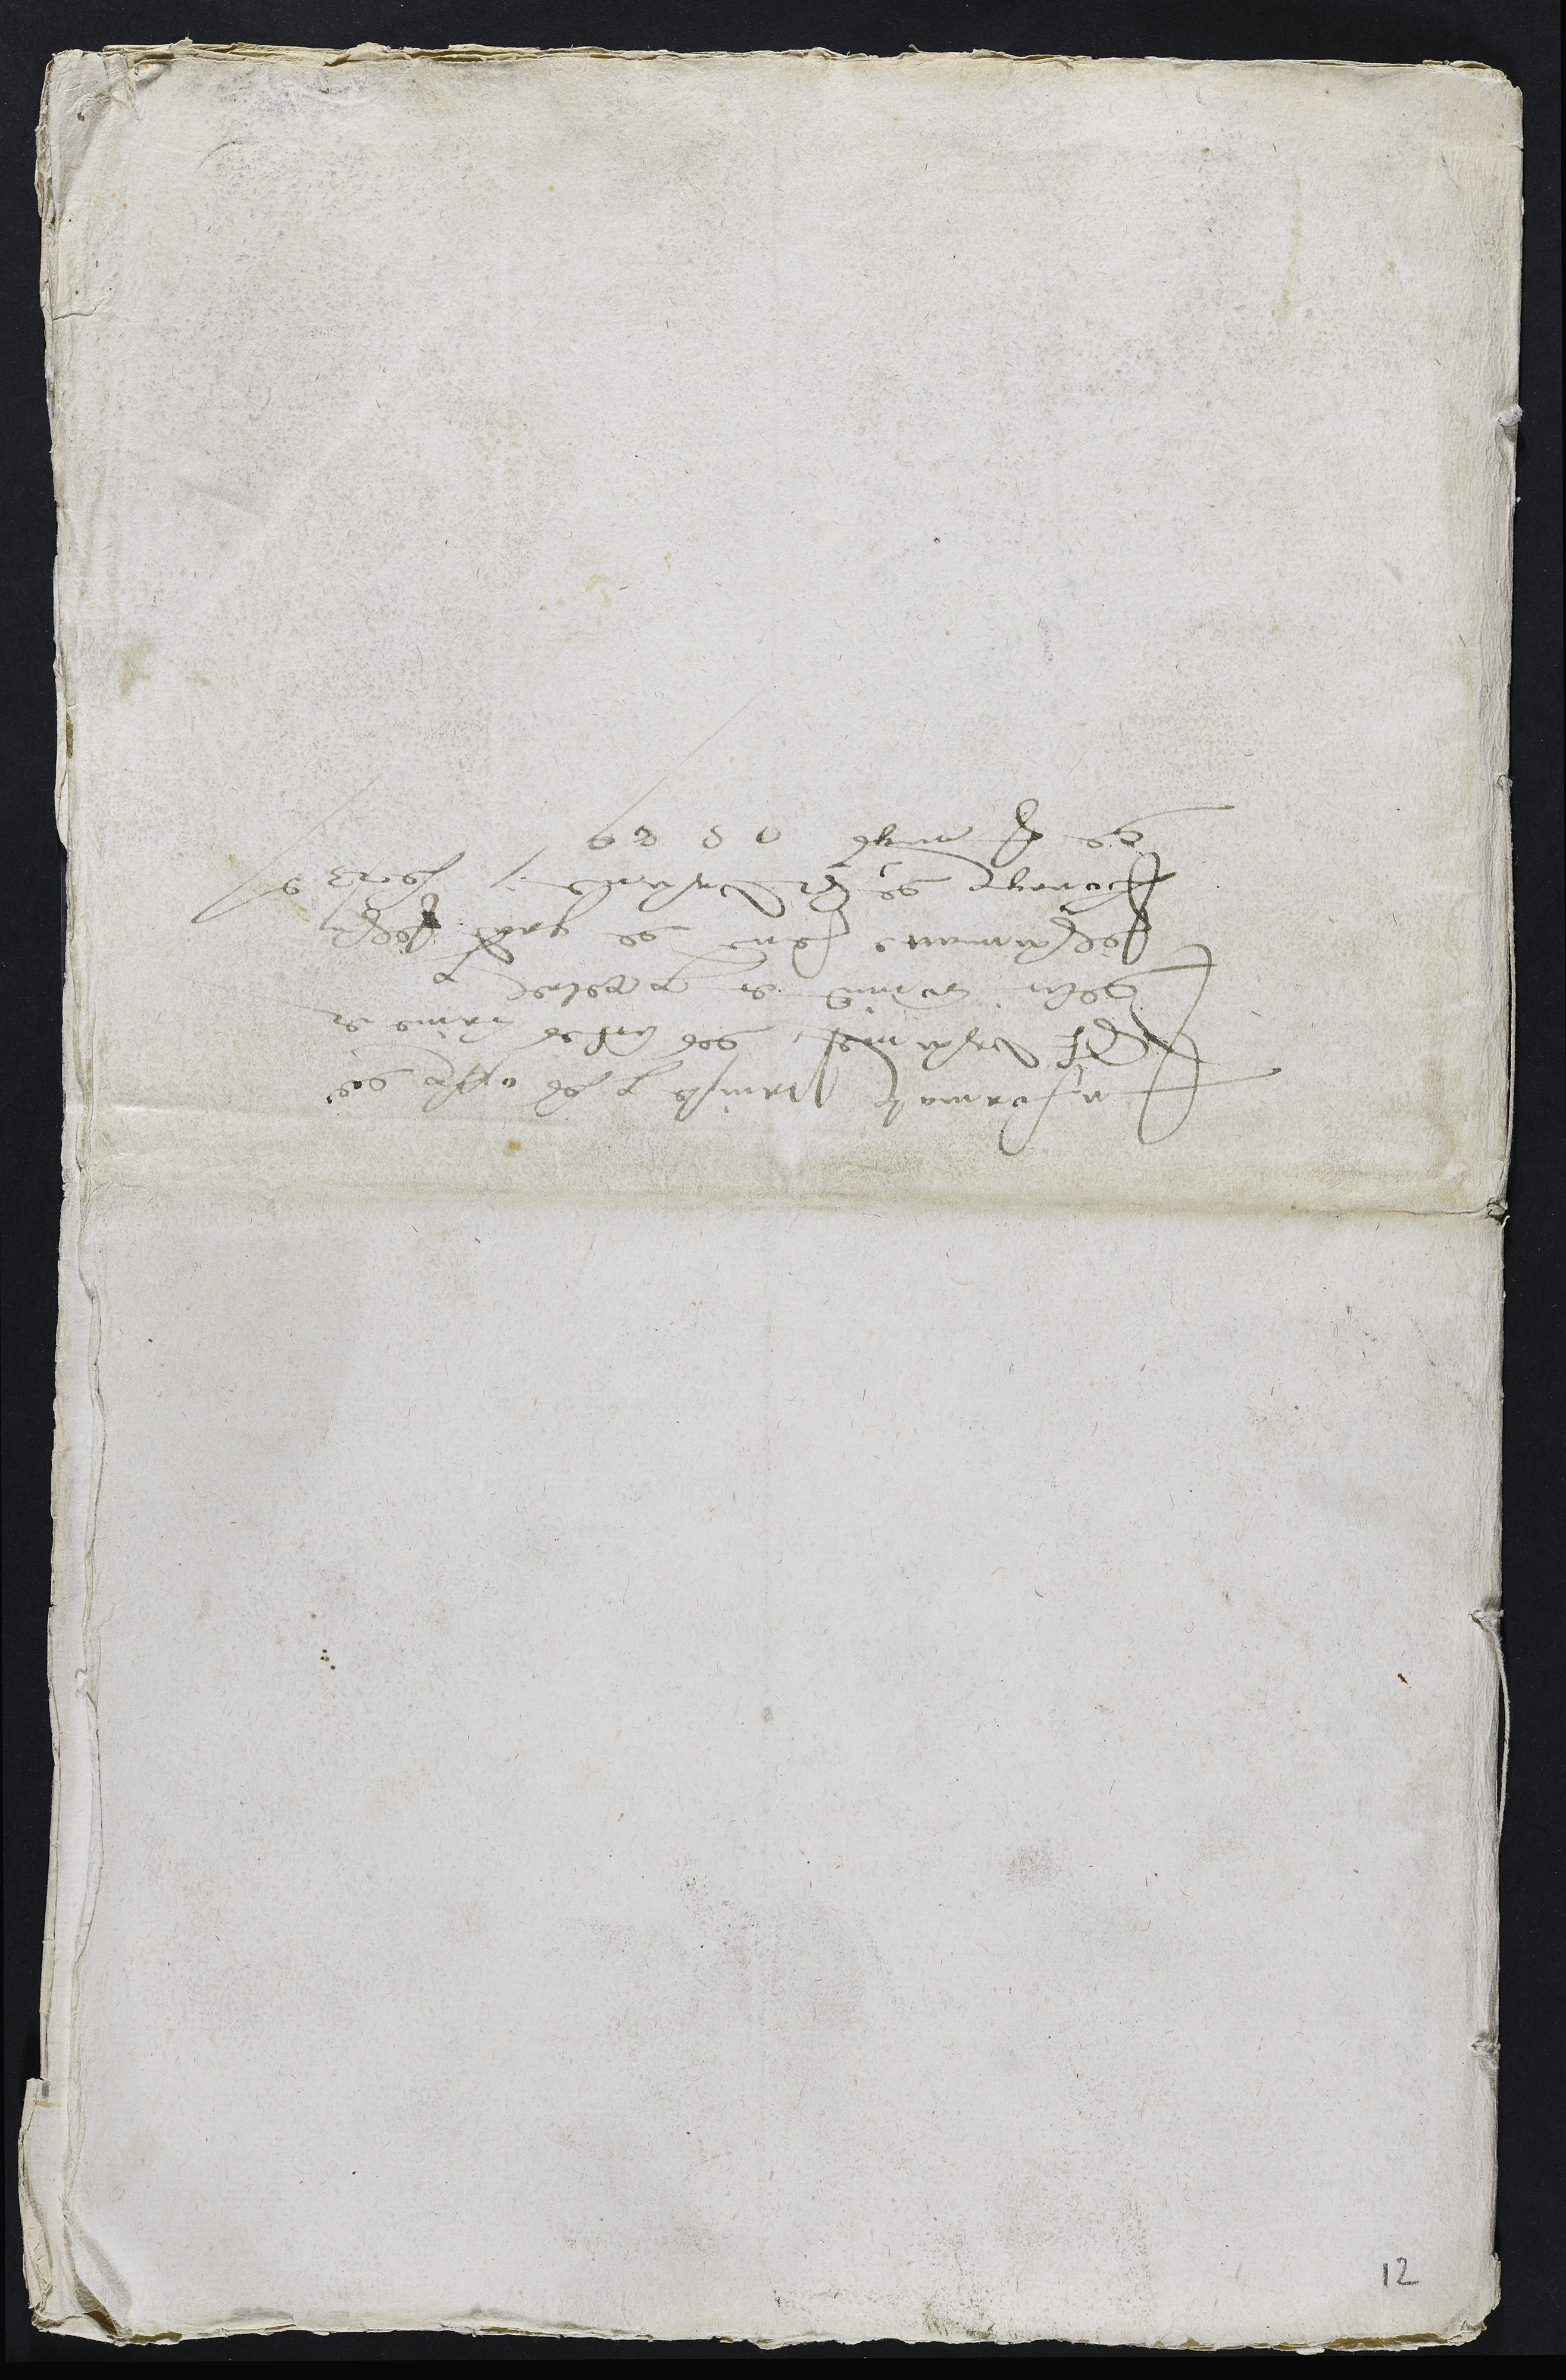
Information prinse par les officiers de
St Ursanne, des actes, crime et
delit commis et perpetres par
Jehannatte, femme de grand Jehan
bourgeois de St Ursane; le 23e jour
de jungs 1589